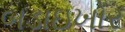
બડાઇખોર